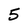
Character: 5